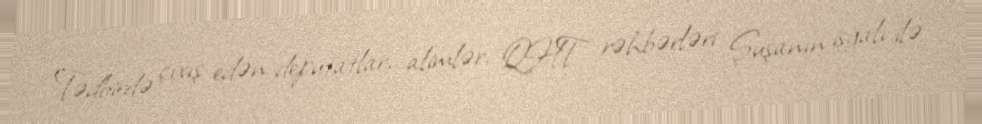
Tədbirdə çıxış edən deputatlar, alimlər, QHT rəhbərləri Şuşanın işğalı ilə